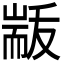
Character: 𮋟